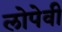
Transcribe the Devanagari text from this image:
लोपेवी